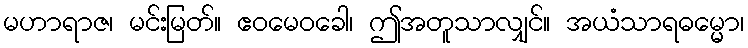
မဟာရာဇ၊ မင်းမြတ်။ ဧဝမေဝခေါ၊ ဤအတူသာလျှင်။ အယံသာရဓမ္မော၊